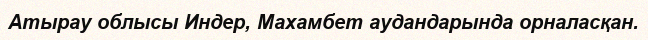
Атырау облысы Индер, Махамбет аудандарында орналасқан.